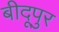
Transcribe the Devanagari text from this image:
बीदूपुर